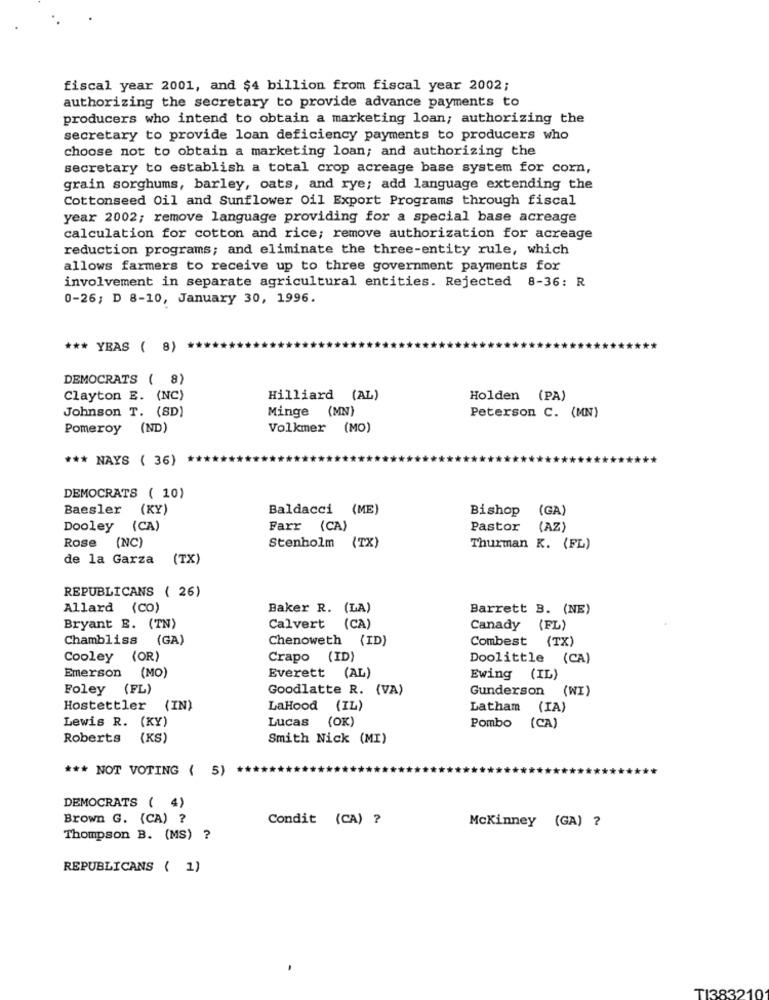
fiscal year 2001, and $4 billion from fiscal year 2002;
authorizing the secretary to provide advance payments to
producers who intend to obtain a marketing loan; authorizing the
secretary to provide loan deficiency payments to producers who
choose not to obtain a marketing loan; and authorizing the
secretary to establish a total crop acreage base system for corn,
grain sorghums, barley, oats, and rye; add language extending the
Cottonseed Oil and Sunflower Oil Export Programs through fiscal
year 2002; remove language providing for a special base acreage
calculation for cotton and rice; remove authorization for acreage
reduction programs; and eliminate the three-entity rule, which
allows farmers to receive up to three government payments for
involvement in separate agricultural entities. Rejected 8-36: R
0-26; D 8-10, January 30, 1996.
*** YEAS ( 8)
DEMOCRATS ( 8)
Clayton E. (NC)
Hilliard (AL)
Holden (PA)
Johnson T. (SD)
Minge (MN)
Peterson C. (MN)
Pomeroy (ND)
Volkmer (MO)
*** NAYS ( 36)
DEMOCRATS ( 10)
Baesler
(KY)
Baldacci (ME)
Bishop
(GA)
Dooley (CA)
Farr (CA)
Pastor (AZ)
Rose (NC)
Stenholm (TX)
Thurman K. (FL)
de la Garza (TX)
REPUBLICANS ( 26)
Allard (CO)
Baker R. (LA)
Barrett B. (NE)
Bryant E. (TN)
Calvert (CA)
Canady (FL)
Chambliss (GA)
Chenoweth (ID)
Combest (TX)
Cooley (OR)
Crapo (ID)
Doolittle (CA)
Everett (AL)
Emerson (MO)
Ewing (IL)
Foley (FL)
Goodlatte R. (VA)
Gunderson (WI)
Hostettler (IN)
LaHood (IL)
Latham (IA)
Lewis R. (KY)
Lucas (OK)
Pombo (CA)
Roberts (KS)
Smith Nick (MI)
*** NOT VOTING ( 5)
DEMOCRATS ( 4)
Brown G. (CA) ?
Condit (CA) ?
Mckinney (GA) ?
Thompson B. (MS) ?
REPUBLICANS ( 1)
T1383210